Calcutta medical institutions reports 1871-78
Year: 1871
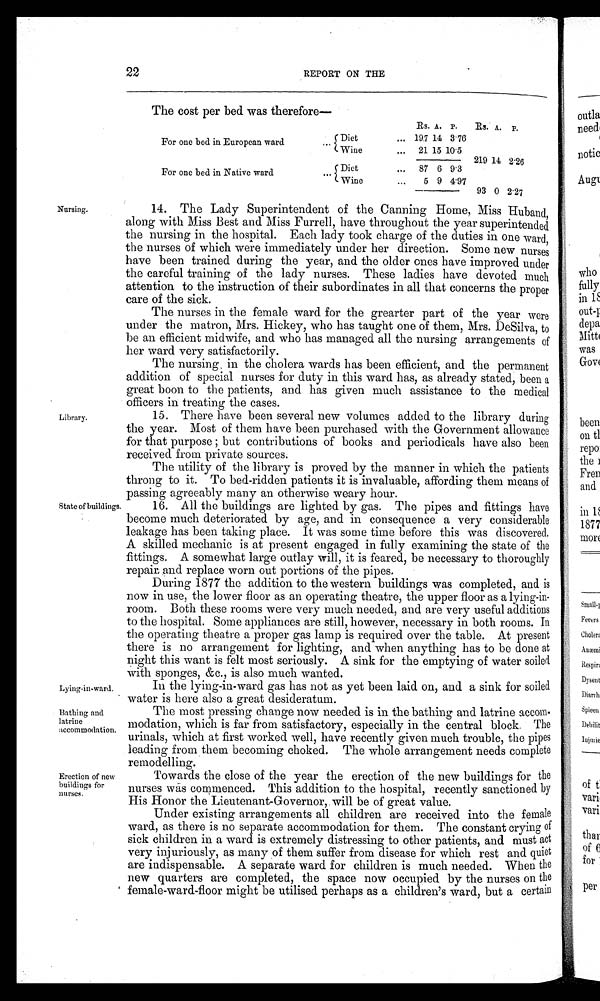
Lying-in-ward.
Bathing and
latrine
accommodation.
Nursing.
Library.
22
REPORT ON THE
The cost per bed was therefore
—
For one bed in European ward
. . .
Diet
...
Rs.
19·7
A.
14
P.
3·76
Rs. A. P.
Wine
... 21 15 10·5
219 14 2·26
For one bed in Native ward
... Diet
... 87 6 9·3
Wine
...
5 9 4·97
93 0 2·27
14. The Lady Superintendent of the Canning Home, Miss Huband,
along with Miss Best and Miss Furrell, have throughout the year superintended
the nursing in the hospital. Each lady took charge of the duties in one ward,
the nurses of which were immediately under her direction. Some new nurses
have been trained during the year, and the older ones have improved under
the careful training of the lady nurses. These ladies have devoted much
attention to the instruction of their subordinates in all that concerns the proper
care of the sick.
The nurses in the female ward for the grearter part of the year were
under the matron, Mrs. Hickey, who has taught one of them, Mrs. DeSilva, to
be an efficient midwife, and who has managed all the nursing arrangements of
her ward very satisfactorily.
The nursing in the cholera wards has been efficient, and the permanent
addition of special nurses for duty in this ward has, as already stated, been a
great boon to the patients, and has given much assistance to the medical
officers in treating the cases.
There have been several new volumes added to the library during
the year. Most of them have been purchased with the Government allowance
f or t hat pur pose; but cont r i but i ons of books and per i odi cal s have al so been
received from private sources.
The utility of the library is proved by the manner in which the patients
throng to it. To bed-ridden patients it is invaluable, affording them means of
passing
agreeably many an otherwise weary hour.
State of buildings.
Erection of new
buildings for
nurses.
16. All the buildings are lighted by gas. The pipes and fittings have
become much deteriorated by age, and in consequence a very considerable
leakage has been taking place. It was some time before this was discovered.
A skilled mechanic is at present engaged in fully examining the state of the
fittings. A somewhat large outlay will, it is feared, be necessary to thoroughly
repair, and replace worn out portions of the pipes.
During 1877 the addition to the western buildings was completed, and is
now in use, the lower floor as an operating theatre, the upper floor as a lying-in-
room. Both these rooms were very much needed, and are very useful additions
to the hospital. Some appliances are still, however, necessary in both rooms. In
the operating theatre a proper gas lamp is required over the table. At present
there is no arrangement for lighting, and when anything has to be done at
night this want is felt most seriously. A sink for the emptying of water soiled
with sponges, &c., is also much wanted.
In the lying-in-ward gas has not as yet been laid on, and a sink for soiled
water is here also a great desideratum.
The most pressing change now needed is in the bathing and latrine acco
m - m o d a t i o n , w h i c h i s f a r f r o m s a t i s f a c t o r y , e s p e c i a l l y i n t h e c e n t r a l b l o c k . T h e
urinals, which at first worked well, have recently given much trouble, the pipes
leading from them becoming choked. The whole arrangement needs complete
remodelling.
Towards the close of the year the erection of the new buildings for the
nurses was commenced. This addition to the hospital, recently sanctioned by
His Honor the Lieutenant-Governor, will be of great value.
Under existing arrangements all children are received into the female
ward, as there is no separate accommodation for them. The constant crying of
sick children in a ward is extremely distressing to other patients, and must act
very injuriously, as many of them suffer from disease for which rest and quiet
are indispensable. A separate ward for children is much needed. When the
new quarters are completed, the space now occupied by the nurses on the
female-ward-floor might be utilised perhaps as a children's ward, but a certain